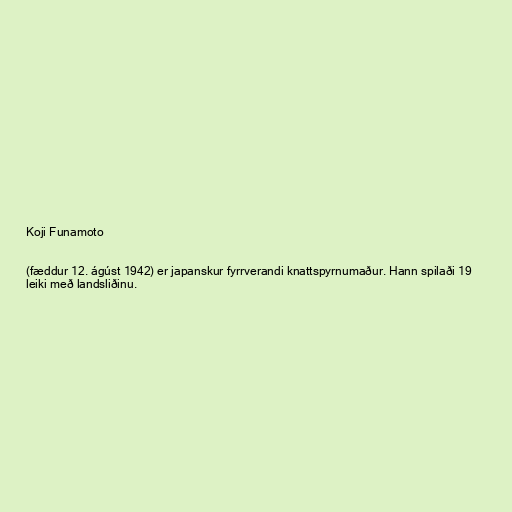
Koji Funamoto

(fæddur 12. ágúst 1942) er japanskur fyrrverandi knattspyrnumaður. Hann spilaði 19
leiki með landsliðinu.